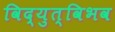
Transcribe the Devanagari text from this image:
विद्युत्विभव